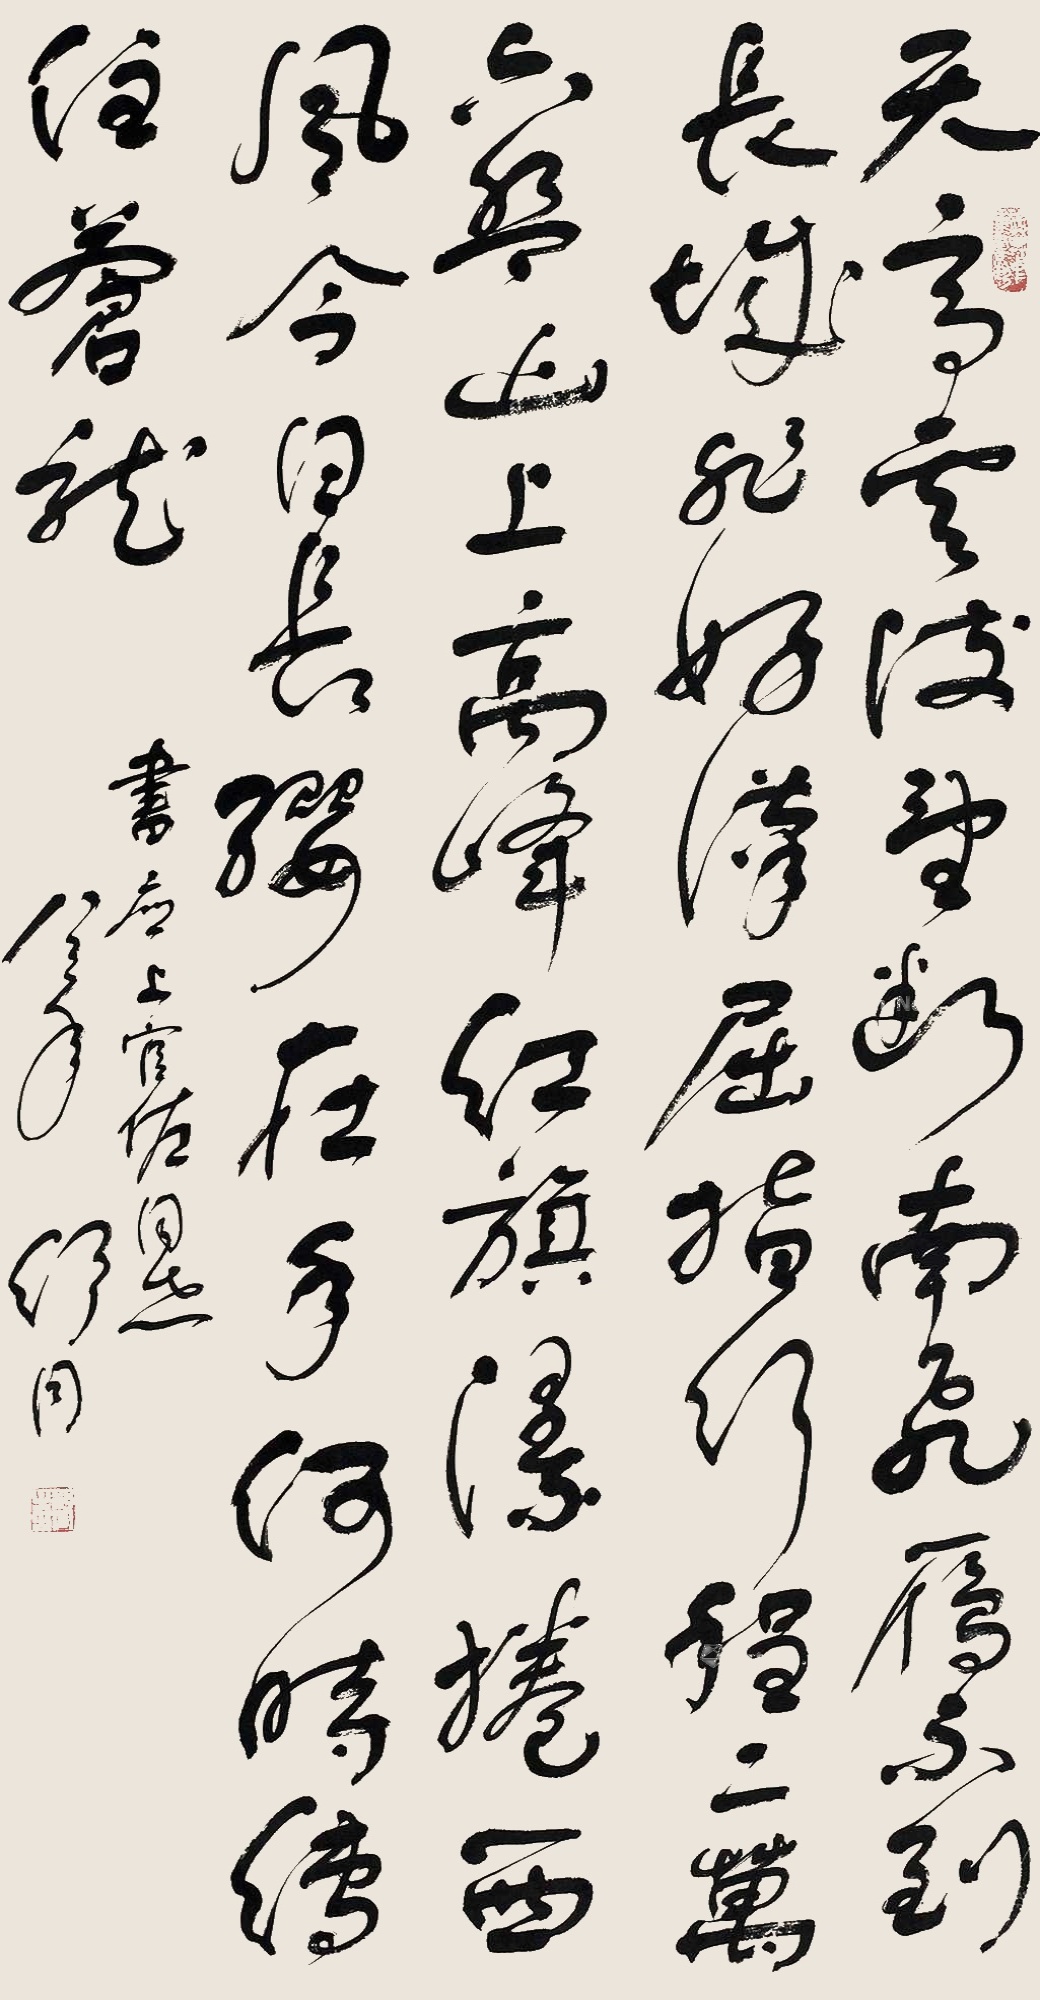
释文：天高云淡，望断南飞雁。不到长城非好汉，屈指行程二万。六盘山上高峰，红旗漫卷西风。今日长缨在手，何时缚住苍龙？书应上官佐同志，八三年，舒同。